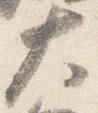
大